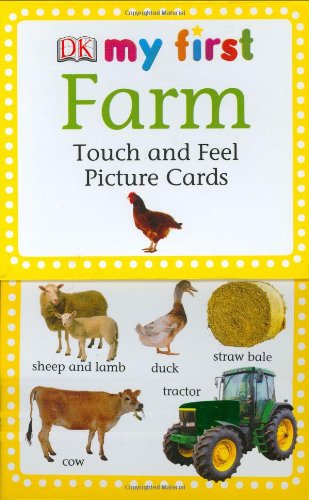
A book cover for MY First Touch & Feel Picture Cards: Farm (My 1st T&F Picture Cards); DK; Children's Books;